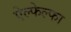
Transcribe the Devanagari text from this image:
ऐल्फेल्फा